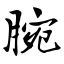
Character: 腕